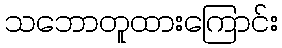
သဘောတူထားကြောင်း